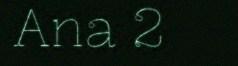
Ana 2